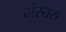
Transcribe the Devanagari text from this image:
मेस्तरा